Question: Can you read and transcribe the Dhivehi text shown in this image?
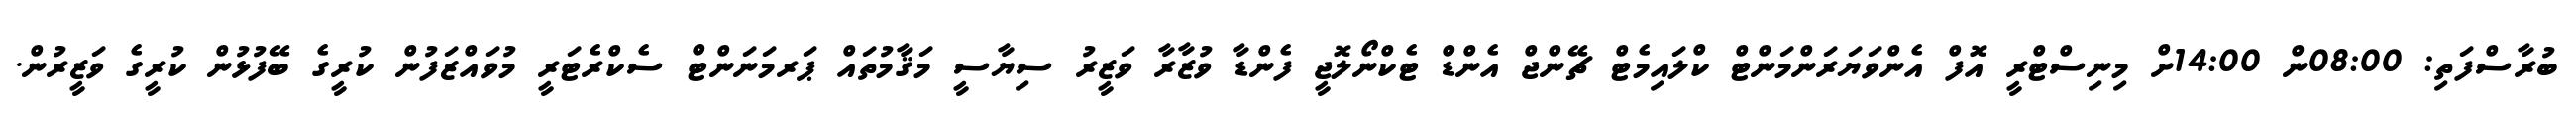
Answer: ބުރާސްފަތި: 08:00ން 14:00ށް މިނިސްޓްރީ އޮފް އެންވަޔަރަންމަންޓް ކްލައިމެޓް ޗޭންޖް އެންޑް ޓެކްނޯލޮޖީ ފެންޑާ ވުޒާރާ ވަޒީރު ސިޔާސީ މަޤާމުތައް ޕަރމަނަންޓް ސެކްރެޓަރީ މުވައްޒަފުން ކުރީގެ ބޭފުޅުން ކުރީގެ ވަޒީރުން.